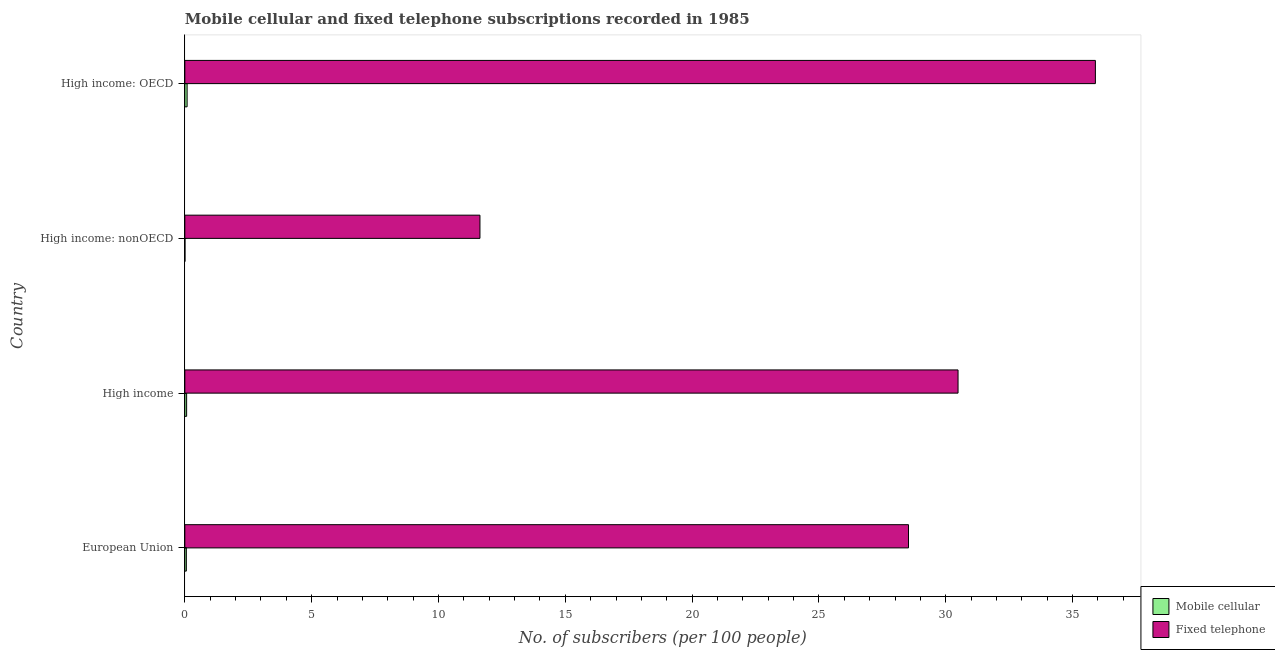
| Country | Mobile cellular | Fixed telephone |
 | --- | --- | --- |
 | European Union | 0.06 | 28.5 |
 | High income | 0.0706 | 30.5 |
 | High income: nonOECD | 0.0051 | 11.6 |
 | High income: OECD | 0.09 | 35.9 |